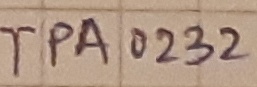
Text: TPA0232